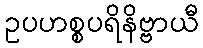
ဥပဟစ္စပရိနိဗ္ဗာယီ